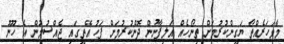
މާވަހަރެއްތޯ ޔަގީންކުރުމަށް ތިނޯހެއް އަލިފާނުން ދޮންކުރުމަށް ފަހު އޭތީގައި ޖެއްސުމުން އެ ހޫނު